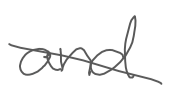
Text: and
Cross-out: diagonal
Writing tool: digital_gray